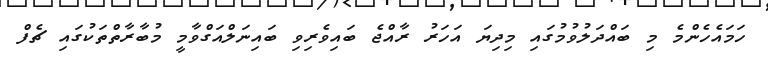
ހަމައެހެންމެ މި ބައްދަލުވުމުގައި މިދިޔަ އަހަރު ރާއްޖެ ބައިވެރިވި ބައިނަލްއަގްވާމީ މުބާރާތްތަކުގައި ޗެފް